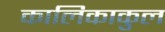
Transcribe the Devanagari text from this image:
कालिकाकुल